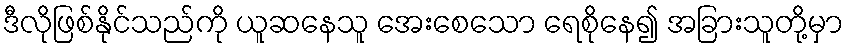
ဒီလိုဖြစ်နိုင်သည်ကို ယူဆနေသူ အေးစေသော ရေစိုနေ၍ အခြားသူတို့မှာ